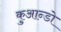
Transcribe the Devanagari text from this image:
कुआन्डो